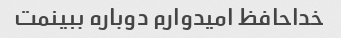
خداحافظ امیدوارم دوباره ببینمت